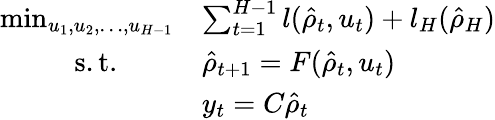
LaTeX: \begin{array}{rl}{\operatorname*{min}_{u_{1},u_{2},\dots,u_{H-1}}}&{\sum_{t=1}^{H-1}l(\hat{\rho}_{t},u_{t})+l_{H}(\hat{\rho}_{H})}\\ {\mathrm{s.t.}\qquad}&{\hat{\rho}_{t+1}=F(\hat{\rho}_{t},u_{t})}\\ &{y_{t}=C\hat{\rho}_{t}}\end{array}